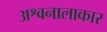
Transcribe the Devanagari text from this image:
अश्वनालाकार